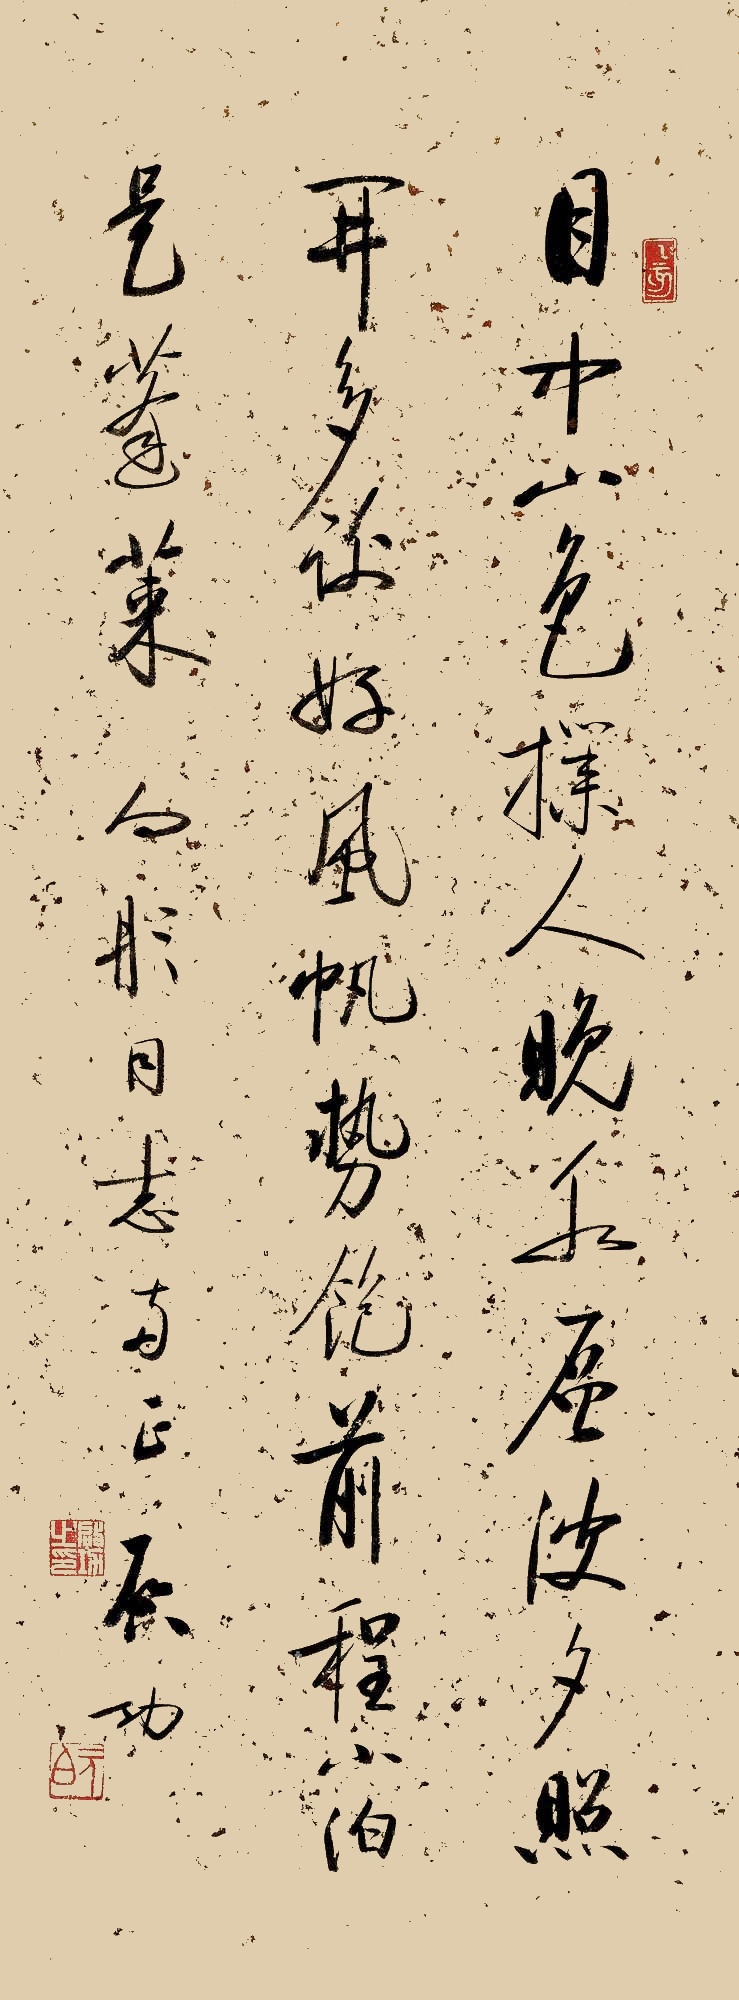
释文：目中山色扑人来，晚水层波夕照开。多谢好风帆势饱，前程小泊是蓬莱。向彤同志两正。启功